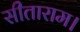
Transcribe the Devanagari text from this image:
सीताराम।